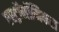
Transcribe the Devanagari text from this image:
एस्ट्रॉनॉमिकल